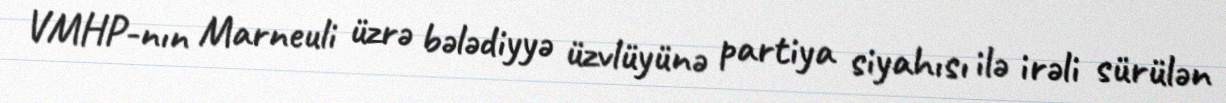
VMHP-nın Marneuli üzrə bələdiyyə üzvlüyünə partiya siyahısı ilə irəli sürülən